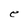
Character: e